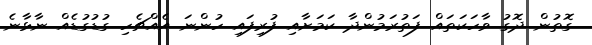
ގޮތުން ދޮގު ވާހަކަތައް ފަތުރަމުންދާ ކަމަށާއި ފުރިފައި ހުންނަ އެއްޗެހި ގުޑުގުޑެއް ނާޅާނެ